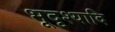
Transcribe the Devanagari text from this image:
भूदृश्यादि